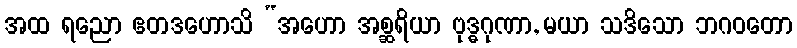
အထ ရညော ဧတဒဟောသိ “အဟော အစ္ဆရိယာ ဗုဒ္ဓဂုဏာ, မယာ သဒိသော ဘဂဝတော